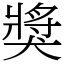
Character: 獎